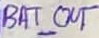
Text: BAT_OUT